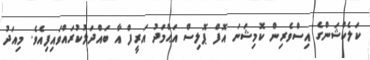
ކަލެކްޝަންގެ އިސްވެރިން ކޮމިޝަނަ އޮފް ޕޮލިސް އަޙްމަދު އަރީފް އާ ބައްދަލުކުރައްވައިފިއެވެ. މިއަދު